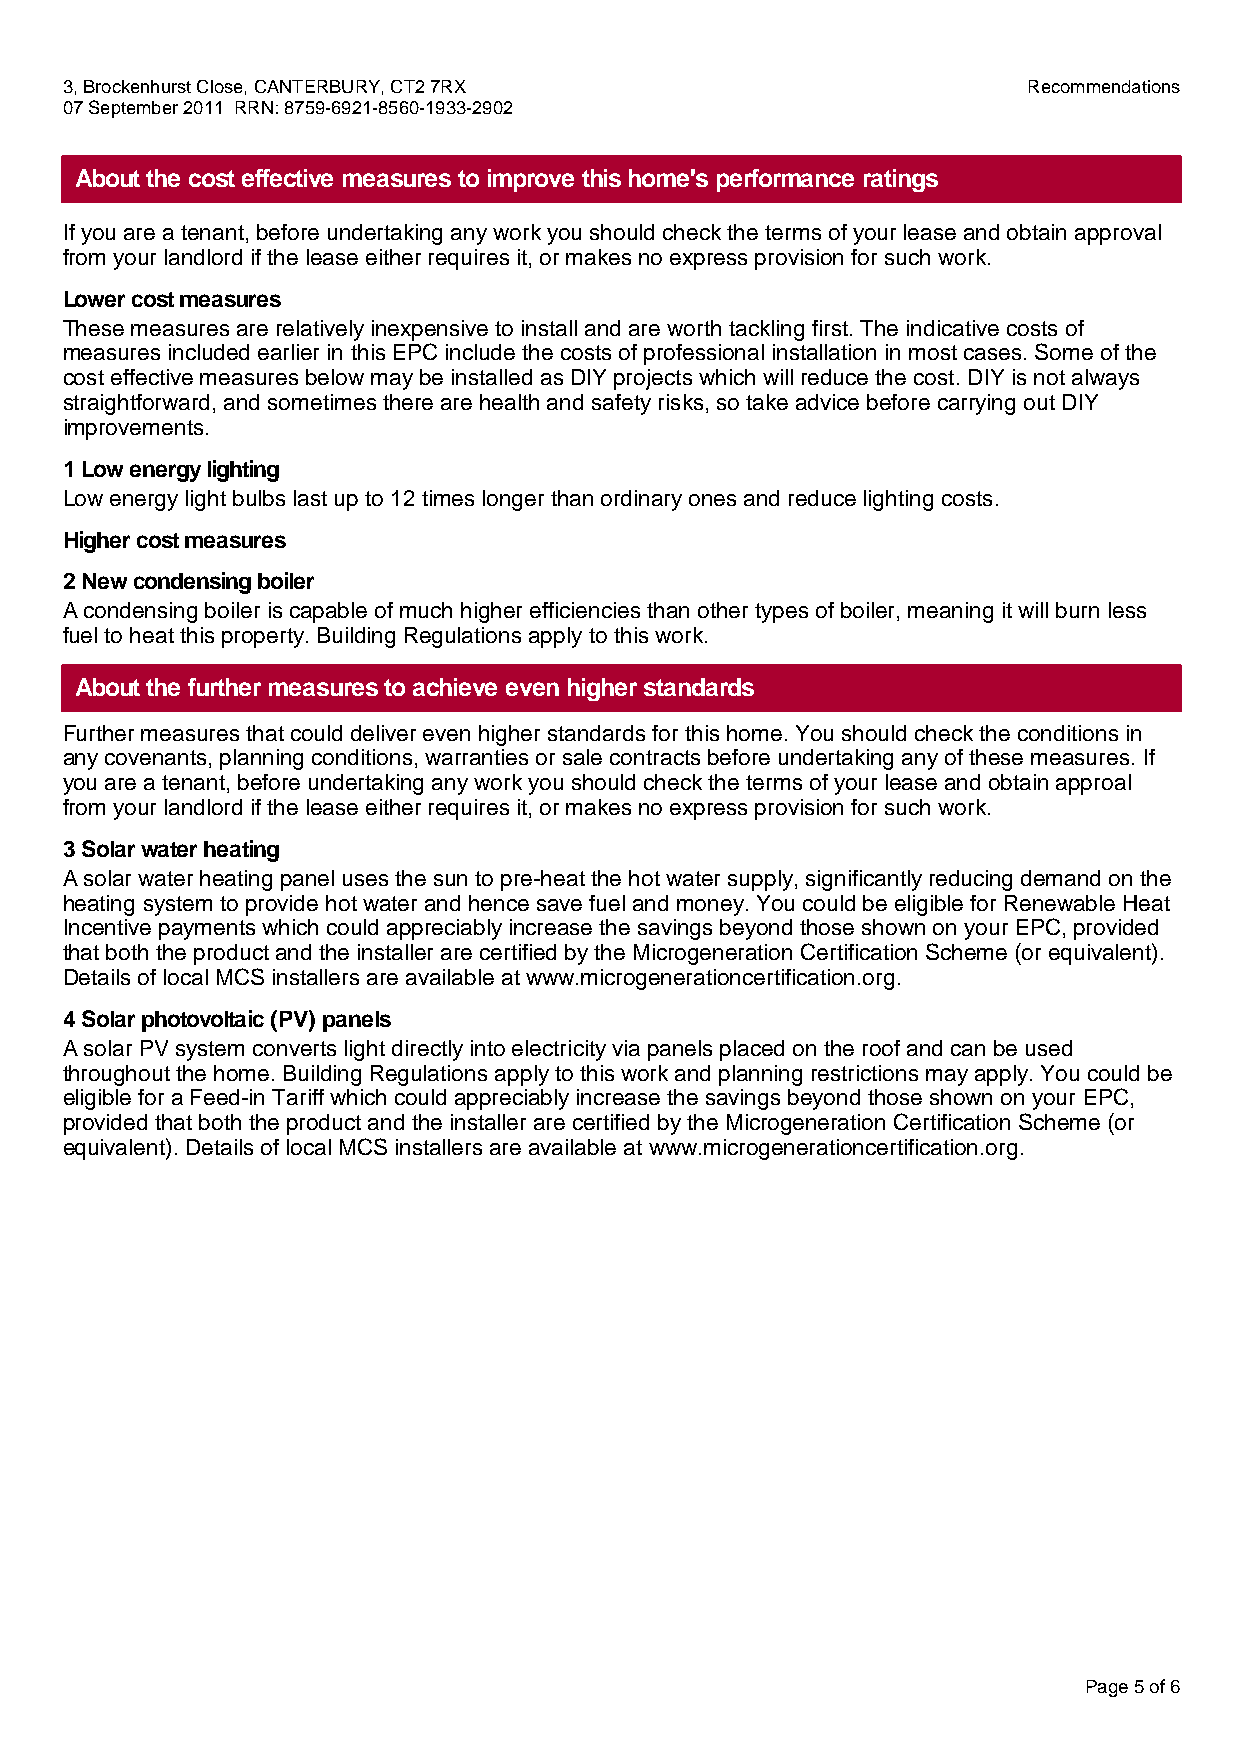
3, Brockenhurst Close, CANTERBURY, CT2 7RX                      Recommendations
 07 September 2011 RRN: 8759-6921-8560-1933-2902
 About the cost effective measures to improve this home's performance ratings
 If you are a tenant, before undertaking any work you should check the terms of your lease and obtain approval
 from your landlord if the lease either requires it, or makes no express provision for such work.
 Lower cost measures
 These measures are relatively inexpensive to install and are worth tackling first. The indicative costs of
 measures included earlier in this EPC include the costs of professional installation in most cases. Some of the
 cost effective measures below may be installed as DIY projects which will reduce the cost. DIY is not always
 straightforward, and sometimes there are health and safety risks, so take advice before carrying out DIY
 improvements.
 1 Low energy lighting
 Low energy light bulbs last up to 12 times longer than ordinary ones and reduce lighting costs.
 Higher cost measures
 2 New condensing boiler
 A condensing boiler is capable of much higher efficiencies than other types of boiler, meaning it will burn less
 fuel to heat this property. Building Regulations apply to this work.
 About the further measures to achieve even higher standards
 Further measures that could deliver even higher standards for this home. You should check the conditions in
 any covenants, planning conditions, warranties or sale contracts before undertaking any of these measures. If
 you are a tenant, before undertaking any work you should check the terms of your lease and obtain approal
 from your landlord if the lease either requires it, or makes no express provision for such work.
 3 Solar water heating
 A solar water heating panel uses the sun to pre-heat the hot water supply, significantly reducing demand on the
 heating system to provide hot water and hence save fuel and money. You could be eligible for Renewable Heat
 Incentive payments which could appreciably increase the savings beyond those shown on your EPC, provided
 that both the product and the installer are certified by the Microgeneration Certification Scheme (or equivalent).
 Details of local MCS installers are available at www.microgenerationcertification.org.
 4 Solar photovoltaic (PV) panels
 A solar PV system converts light directly into electricity via panels placed on the roof and can be used
 throughout the home. Building Regulations apply to this work and planning restrictions may apply. You could be
 eligible for a Feed-in Tariff which could appreciably increase the savings beyond those shown on your EPC,
 provided that both the product and the installer are certified by the Microgeneration Certification Scheme (or
 equivalent). Details of local MCS installers are available at www.microgenerationcertification.org.
 Page 5 of 6